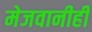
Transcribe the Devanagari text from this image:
मेजवानीही